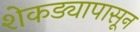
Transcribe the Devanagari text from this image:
शेकड्यापासून